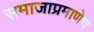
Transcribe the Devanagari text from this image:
समाजाप्रमाणेच